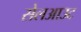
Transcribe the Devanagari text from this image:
सेलआउट